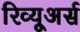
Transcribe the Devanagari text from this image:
रिव्यूअर्स